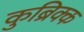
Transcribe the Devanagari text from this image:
कुब्रिक्क